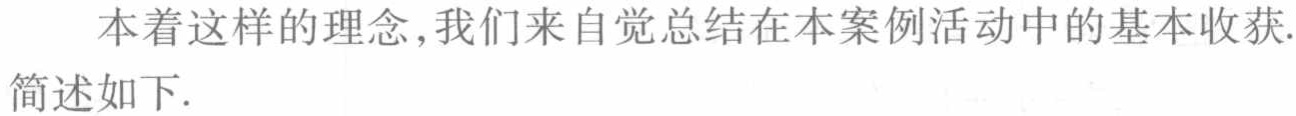
本着这样的理念,我们来自觉总结在本案例活动中的基本收获.简述如下.